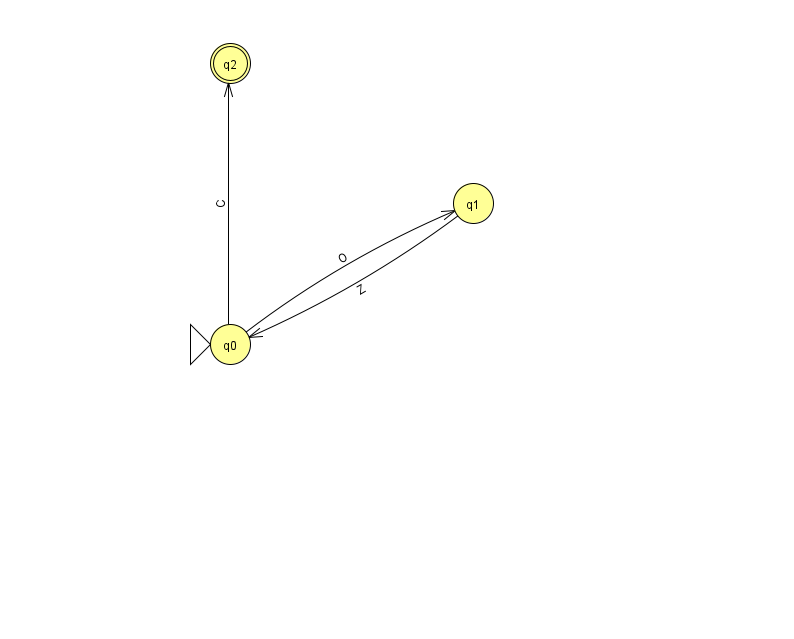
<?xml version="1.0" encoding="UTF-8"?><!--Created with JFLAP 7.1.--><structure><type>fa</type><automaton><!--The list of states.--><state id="0" name="q0"><x>230.0</x><y>331.0</y><initial/></state><state id="1" name="q1"><x>473.0</x><y>190.0</y></state><state id="2" name="q2"><x>230.0</x><y>50.0</y><final/></state><!--The list of transitions.--><transition><from>0</from><to>1</to><read>O</read></transition><transition><from>0</from><to>2</to><read>C</read></transition><transition><from>1</from><to>0</to><read>Z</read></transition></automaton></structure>